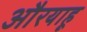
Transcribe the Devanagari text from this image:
औरयाहू